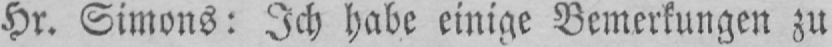
Hr. Simons: Ich habe einige Bemerkungen zu